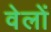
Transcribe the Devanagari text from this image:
वेलों